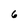
Character: 6